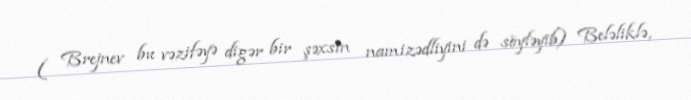
( Brejnev bu vəzifəyə digər bir şəxsin namizədliyini də söyləyib) Beləliklə,